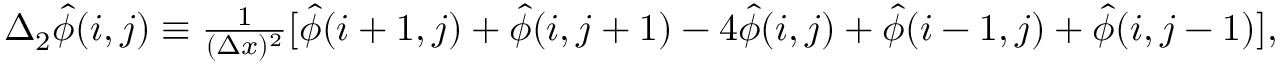
\begin{array} { r } { \Delta _ { 2 } \hat { \phi } ( i , j ) \equiv \frac { 1 } { ( \Delta x ) ^ { 2 } } [ \hat { \phi } ( i + 1 , j ) + \hat { \phi } ( i , j + 1 ) - 4 \hat { \phi } ( i , j ) + \hat { \phi } ( i - 1 , j ) + \hat { \phi } ( i , j - 1 ) ] , } \end{array}